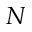
N